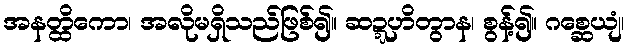
အနတ္ထိကော၊ အလိုမရှိသည်ဖြစ်၍။ ဆဍ္ဍဟိတွာန၊ စွန့်၍။ ဂစ္ဆေယျံ၊